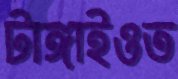
টাঙ্গাইওত